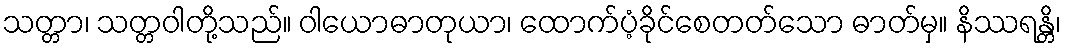
သတ္တာ၊ သတ္တဝါတို့သည်။ ဝါယောဓာတုယာ၊ ထောက်ပံ့ခိုင်စေတတ်သော ဓာတ်မှ။ နိဿရန္တိ၊